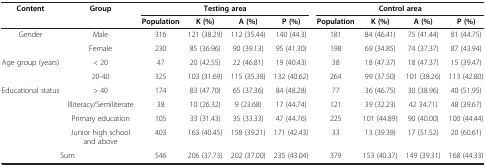
<table><thead><tr><td><b>Content</b></td><td><b>Group</b></td><td colspan="4"><b>Testing area</b></td><td colspan="4"><b>Control area</b></td></tr><tr><td><b> </b></td><td><b> </b></td><td><b>Population</b></td><td><b>K (%)</b></td><td><b>A (%)</b></td><td><b>P (%)</b></td><td><b>Population</b></td><td><b>K (%)</b></td><td><b>A (%)</b></td><td><b>P (%)</b></td></tr></thead><tbody><tr><td rowspan="2">Gender</td><td>Male</td><td>316</td><td>121 (38.29)</td><td>112 (35.44)</td><td>140 (44.3)</td><td>181</td><td>84 (46.41)</td><td>75 (41.44)</td><td>81 (44.75)</td></tr><tr><td>Female</td><td>230</td><td>85 (36.96)</td><td>90 (39.13)</td><td>95 (41.30)</td><td>198</td><td>69 (34.85)</td><td>74 (37.37)</td><td>87 (43.94)</td></tr><tr><td rowspan="2">Age group (years)</td><td>&lt; 20</td><td>47</td><td>20 (42.55)</td><td>22 (46.81)</td><td>19 (40.43)</td><td>38</td><td>18 (47.37)</td><td>18 (47.37)</td><td>15 (39.47)</td></tr><tr><td>20-40</td><td>325</td><td>103 (31.69)</td><td>115 (35.38)</td><td>132 (40.62)</td><td>264</td><td>99 (37.50)</td><td>101 (38.26)</td><td>113 (42.80)</td></tr><tr><td rowspan="4">Educational status</td><td>&gt; 40</td><td>174</td><td>83 (47.70)</td><td>65 (37.36)</td><td>84 (48.28)</td><td>77</td><td>36 (46.75)</td><td>30 (38.96)</td><td>40 (51.95)</td></tr><tr><td>Illiteracy/Semiliterate</td><td>38</td><td>10 (26.32)</td><td>9 (23.68)</td><td>17 (44.74)</td><td>121</td><td>39 (32.23)</td><td>42 34.71)</td><td>48 (39.67)</td></tr><tr><td>Primary education</td><td>105</td><td>33 (31.43)</td><td>35 (33.33)</td><td>47 (44.76)</td><td>225</td><td>101 (44.89)</td><td>90 (40.00)</td><td>100 (44.44)</td></tr><tr><td>Junior high school and above</td><td>403</td><td>163 (40.45)</td><td>158 (39.21)</td><td>171 (42.43)</td><td>33</td><td>13 (39.39)</td><td>17 (51.52)</td><td>20 (60.61)</td></tr><tr><td colspan="2">Sum</td><td>546</td><td>206 (37.73)</td><td>202 (37.00)</td><td>235 (43.04)</td><td>379</td><td>153 (40.37)</td><td>149 (39.31)</td><td>168 (44.33)</td></tr></tbody></table>